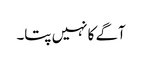
آگے کا نہیں پتا۔